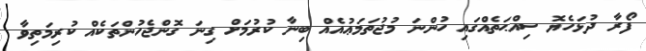
ފޯރާ ދުޅަހެޔޮ ސިއްޙަތެއްގައި ހުންނަ މުޖުތަމަޢުއެއް ބިނާ ކުރުމަށް ގިނަ ގޮންޖެހުންތަކެއް ކުރިމަތިވާ